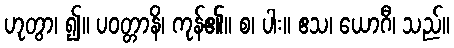
ဟုတွာ၊ ၍။ ပဝတ္တာနိ၊ ကုန်၏။ စ၊ ပါး။ ဧသ၊ ယောဂီ၊ သည်။